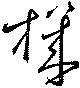
機